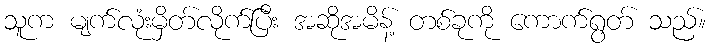
သူက မျက်လုံးမှိတ်လိုက်ပြီး အဆိုအမိန့် တစ်ခုကို ကောက်ရွတ် သည်။